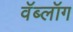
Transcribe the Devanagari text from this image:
वॅब्लॉग